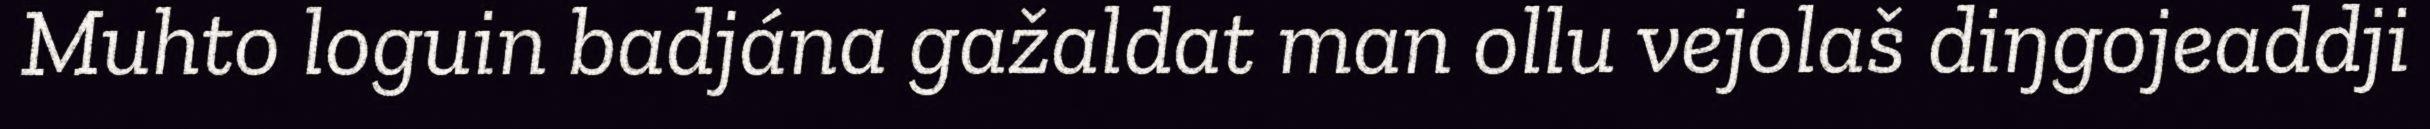
Muhto loguin badjána gažaldat man ollu vejolaš diŋgojeaddji